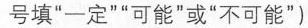
号填”一定””可能”或”不可能”)